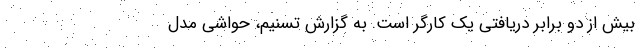
بیش از دو برابر دریافتی یک کارگر است. به گزارش تسنیم،‌ حواشی مدل